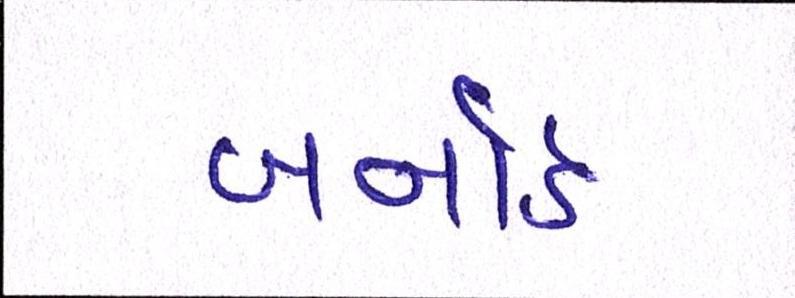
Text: બર્નાર્ડ